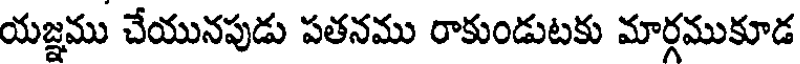
యజ్ఞము చేయునపుడు పతనము రాకుండుటకు మార్గముకూడ